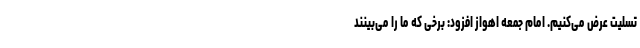
تسلیت عرض می‌کنیم. امام جمعه اهواز افزود: برخی که ما را می‌بینند